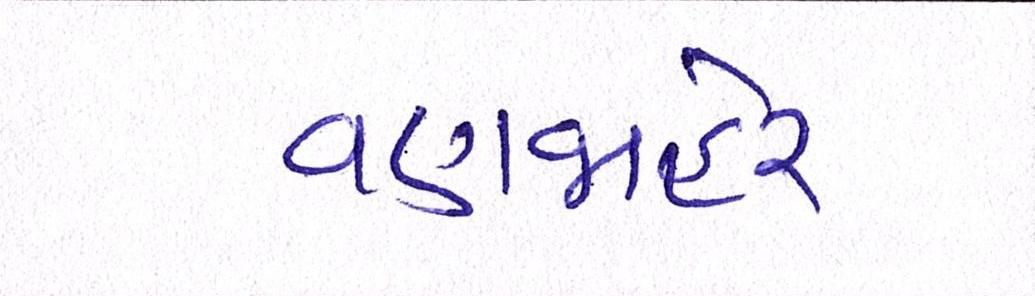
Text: વણજાહેર